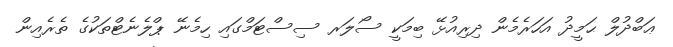
ޢަބްދުލް ޙަމީދު އަހަރެމެން ދިރިއުޅޭ ބިމަކީ ސޯލަރ ސިސްޓަމްގައި ހިމެނޭ ޕްލެނެޓްތަކުގެ ތެރެއިން